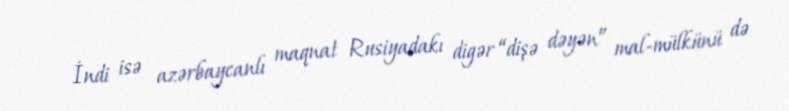
İndi isə azərbaycanlı maqnat Rusiyadakı digər “dişə dəyən” mal-mülkünü də